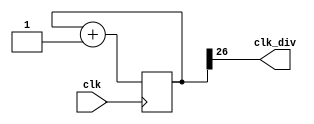
module clock_divider #(
    parameter n = 27
)(
    input wire  clk,
    output wire clk_div  
);

    reg [n-1:0] num;
    wire [n-1:0] next_num;

    always @(posedge clk) begin
        num <= next_num;
    end

    assign next_num = num + 1;
    assign clk_div = num[n-1];
endmodule